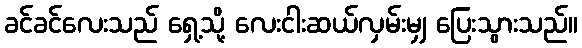
ခင်ခင်လေးသည် ရှေ့သို့ လေးငါးဆယ်လှမ်းမျှ ပြေးသွားသည်။